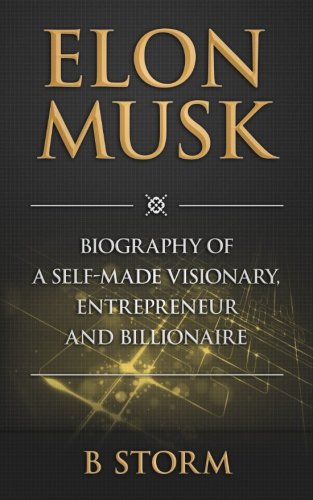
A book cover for Elon Musk: Biography of a Self-Made Visionary, Entrepreneur and Billionaire; B Storm; Biographies & Memoirs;